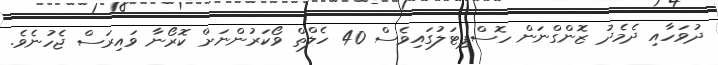
ދުވަހާއި ދެމެދު ޒޮންގްނަން ހޮސްޕިޓަލުގައިވެސް 40 ހެލްތް ވޯކަރުންނަށް ކޮރޯނާ ވައިރަސް ޖެހުނެވެ.